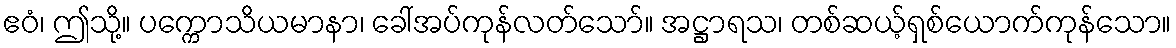
ဧဝံ၊ ဤသို့။ ပက္ကောသိယမာနာ၊ ခေါ်အပ်ကုန်လတ်သော်။ အဋ္ဌာရသ၊ တစ်ဆယ့်ရှစ်ယောက်ကုန်သော။